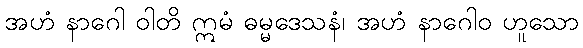
အဟံ နာဂေါ ဝါတိ ဣမံ ဓမ္မဒေသနံ၊ အဟံ နာဂေါဝ ဟူသော